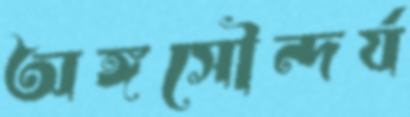
অঙ্গসৌন্দর্য